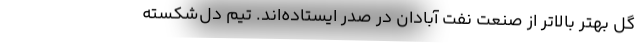
گل بهتر بالاتر از صنعت نفت آبادان در صدر ایستاده‌اند. تیم دل‌شکسته